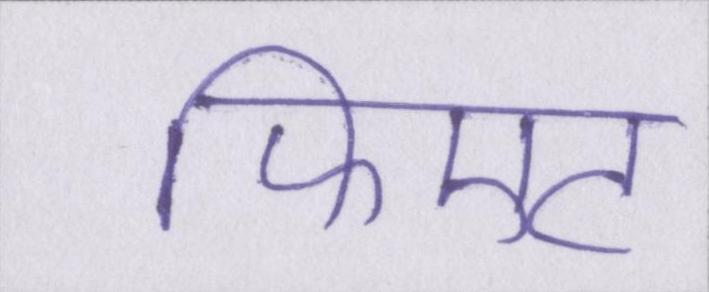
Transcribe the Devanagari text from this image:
फिएट